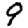
Digit: 9